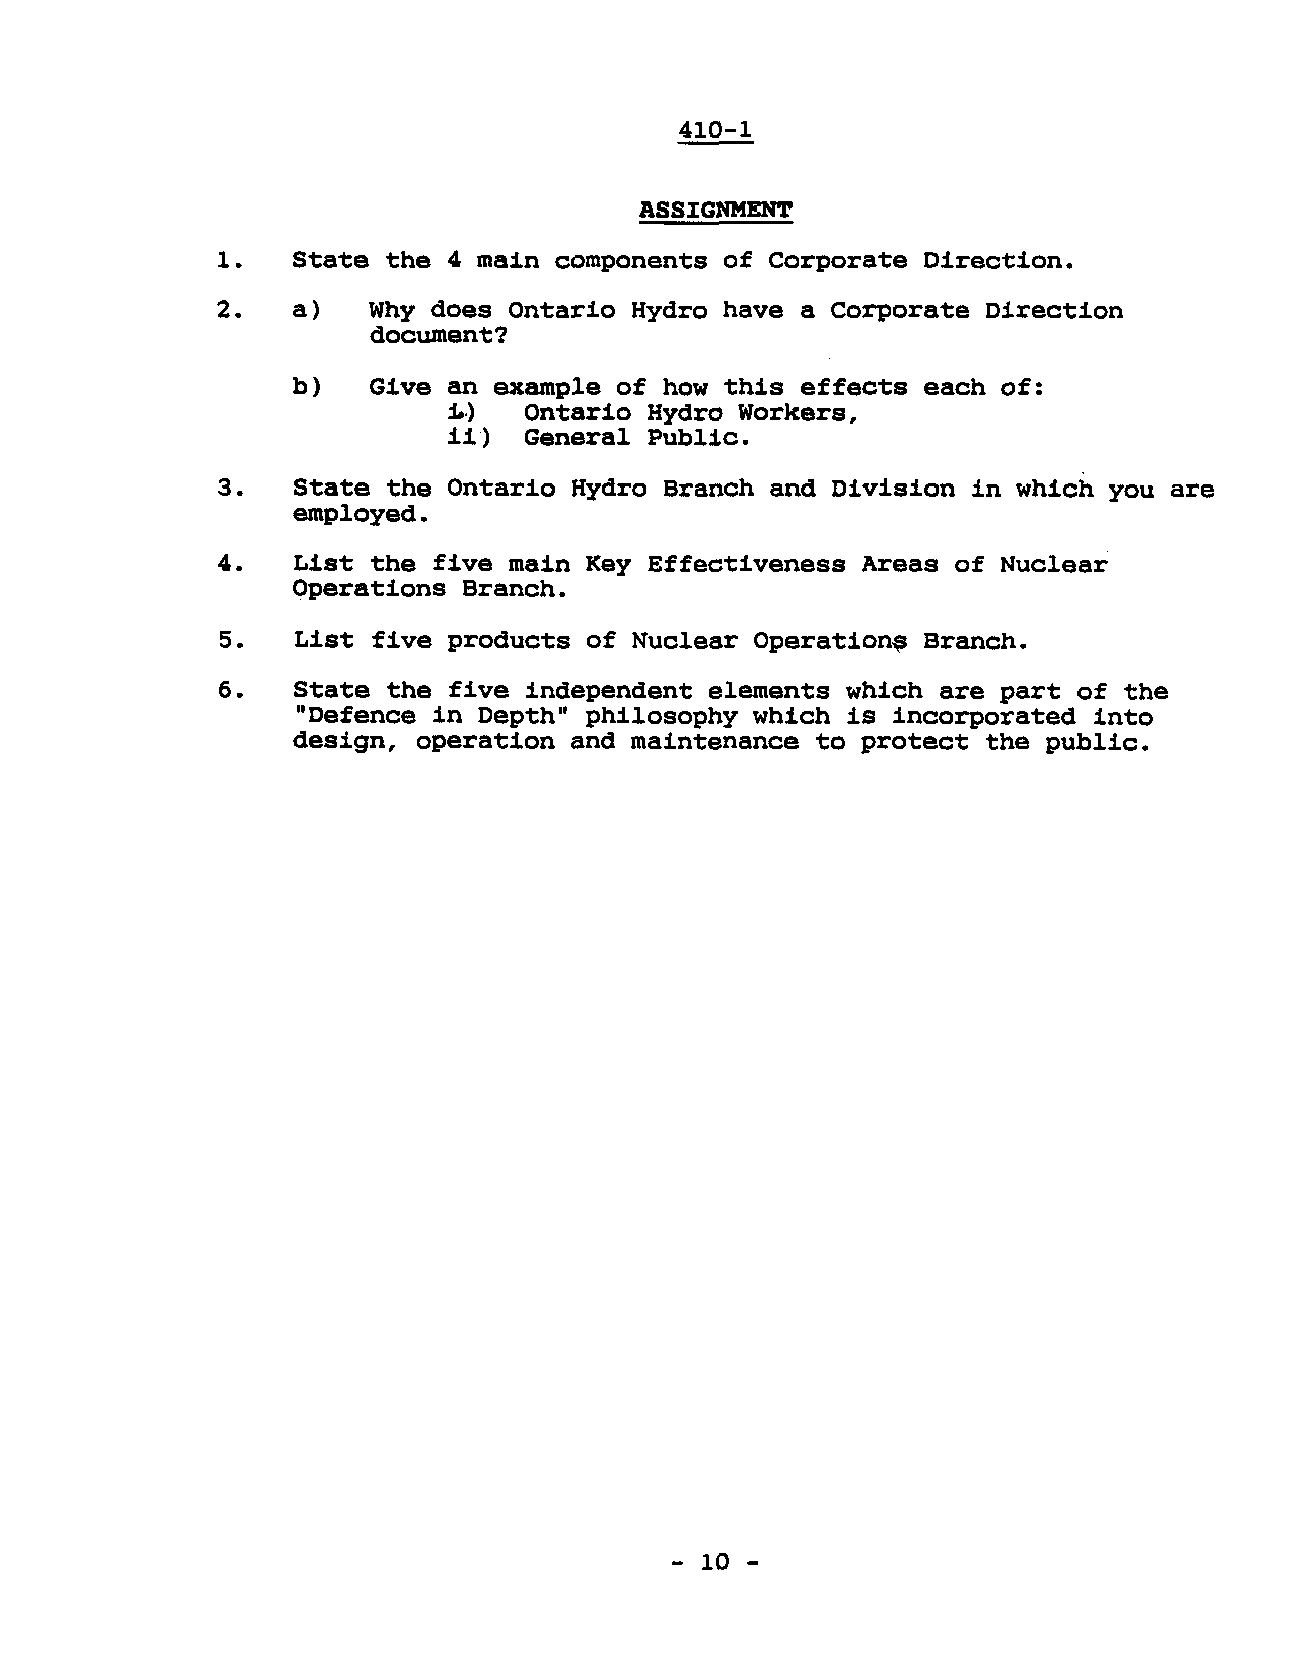
410-1
 ASSIGNMENT
 1.   State  the 4 main components of Corporate Direction.
 2.   a)   Why  does Ontario Hydro have a Corporate Direction
 document?
 b)   Give  an example of how this effects each of:
 :[..) Ontario Hydro Workers,
 ii)  General Public.
 3.   State  the Ontario Hydro Branch and Division in which you are
 employed.
 4.   List  the five main Key Effectiveness Areas of Nuclear
 Operations  Branch.
 5.   List five products of Nuclear Operat1on~ Branch.
 6.   State  the five independent elements which are part of the
 "Defence in Depth" philosophy which is incorporated into
 design,  operation and maintenance to protect the public.
 - 10 -